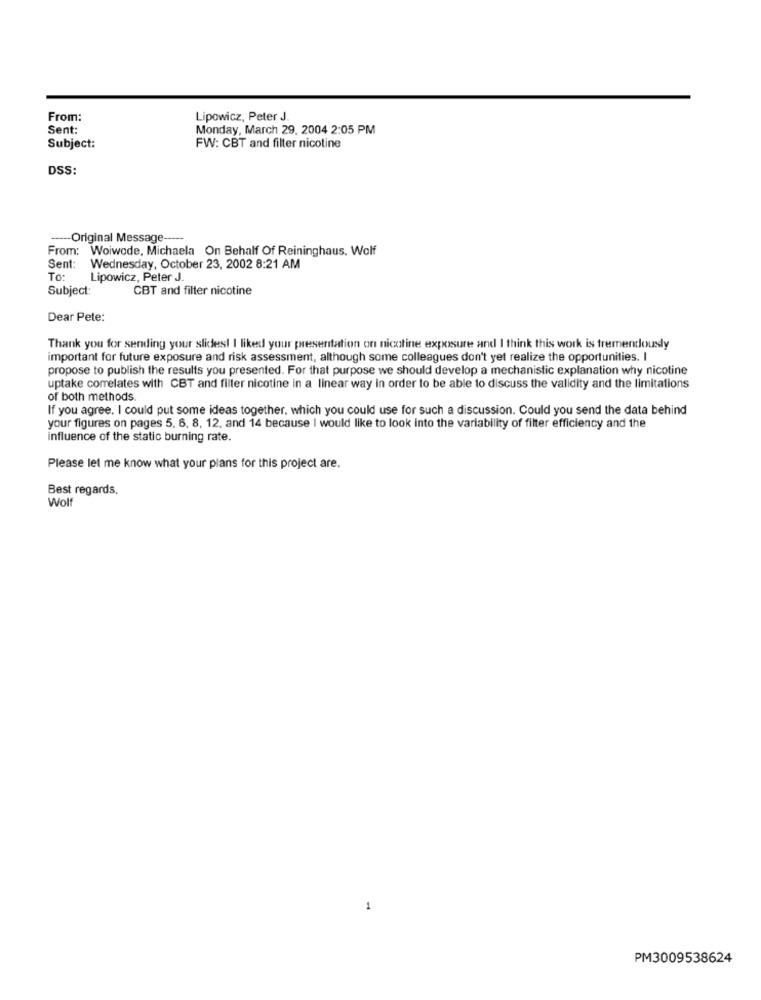
From:
Lipowicz, Peter J.
Sent:
Monday, March 29, 2004 2:05 PM
Subject:
FW: CBT and filter nicotine
DSS:
Original Message-
From: Woiwode, Michaela On Behalf Of Reininghaus. Wolf
Sent:
Wednesday, October 23, 2002 8:21 AM
TO:
Lipowicz, Peter J.
Subject:
CBT and filter nicotine
Dear Pete:
Thank you for sending your slides! I liked your presentation on nicotine exposure and I think this work is tremendously
important for future exposure and risk assessment, although some colleagues don't yet realize the opportunities. I
propose to publish the results you presented. For that purpose we should develop a mechanistic explanation why nicotine
uptake correlates with CBT and filter nicotine in a linear way in order to be able to discuss the validity and the limitations
of both methods
If you agree. I could put some ideas together. which you could use for such a discussion. Could you send the data behind
your figures on pages 5, 6, 8, 12. and 14 because I would like to look into the variability of filter efficiency and the
influence of the static burning rate.
Please let me know what your plans for this project are.
Best regards.
Wolf
1
PM3009538624